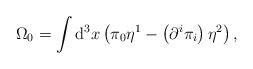
LaTeX: \begin{align*}\Omega _{0}=\int \mathrm{d}^{3}x\left( \pi _{0}\eta ^{1}-\left( \partial^{i}\pi _{i}\right) \eta ^{2}\right) , \end{align*}